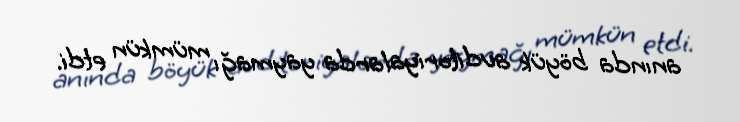
anında böyük auditoriyalarda yaymağı mümkün etdi.